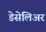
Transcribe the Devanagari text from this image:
डेसेलिअर